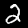
Digit: 2